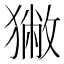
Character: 獙